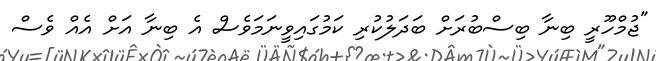
"ޖުމްހޫރީ ބިނާ ބިސްބުރަށް ބަދަލުކުރި ކަމުގައިވީނަމަވެސް އެ ބިނާ އަށް އެއް ވެސް